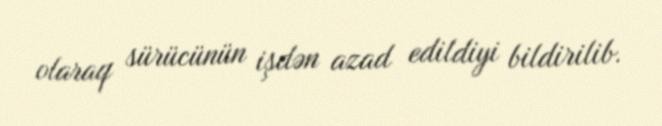
olaraq sürücünün işdən azad edildiyi bildirilib.